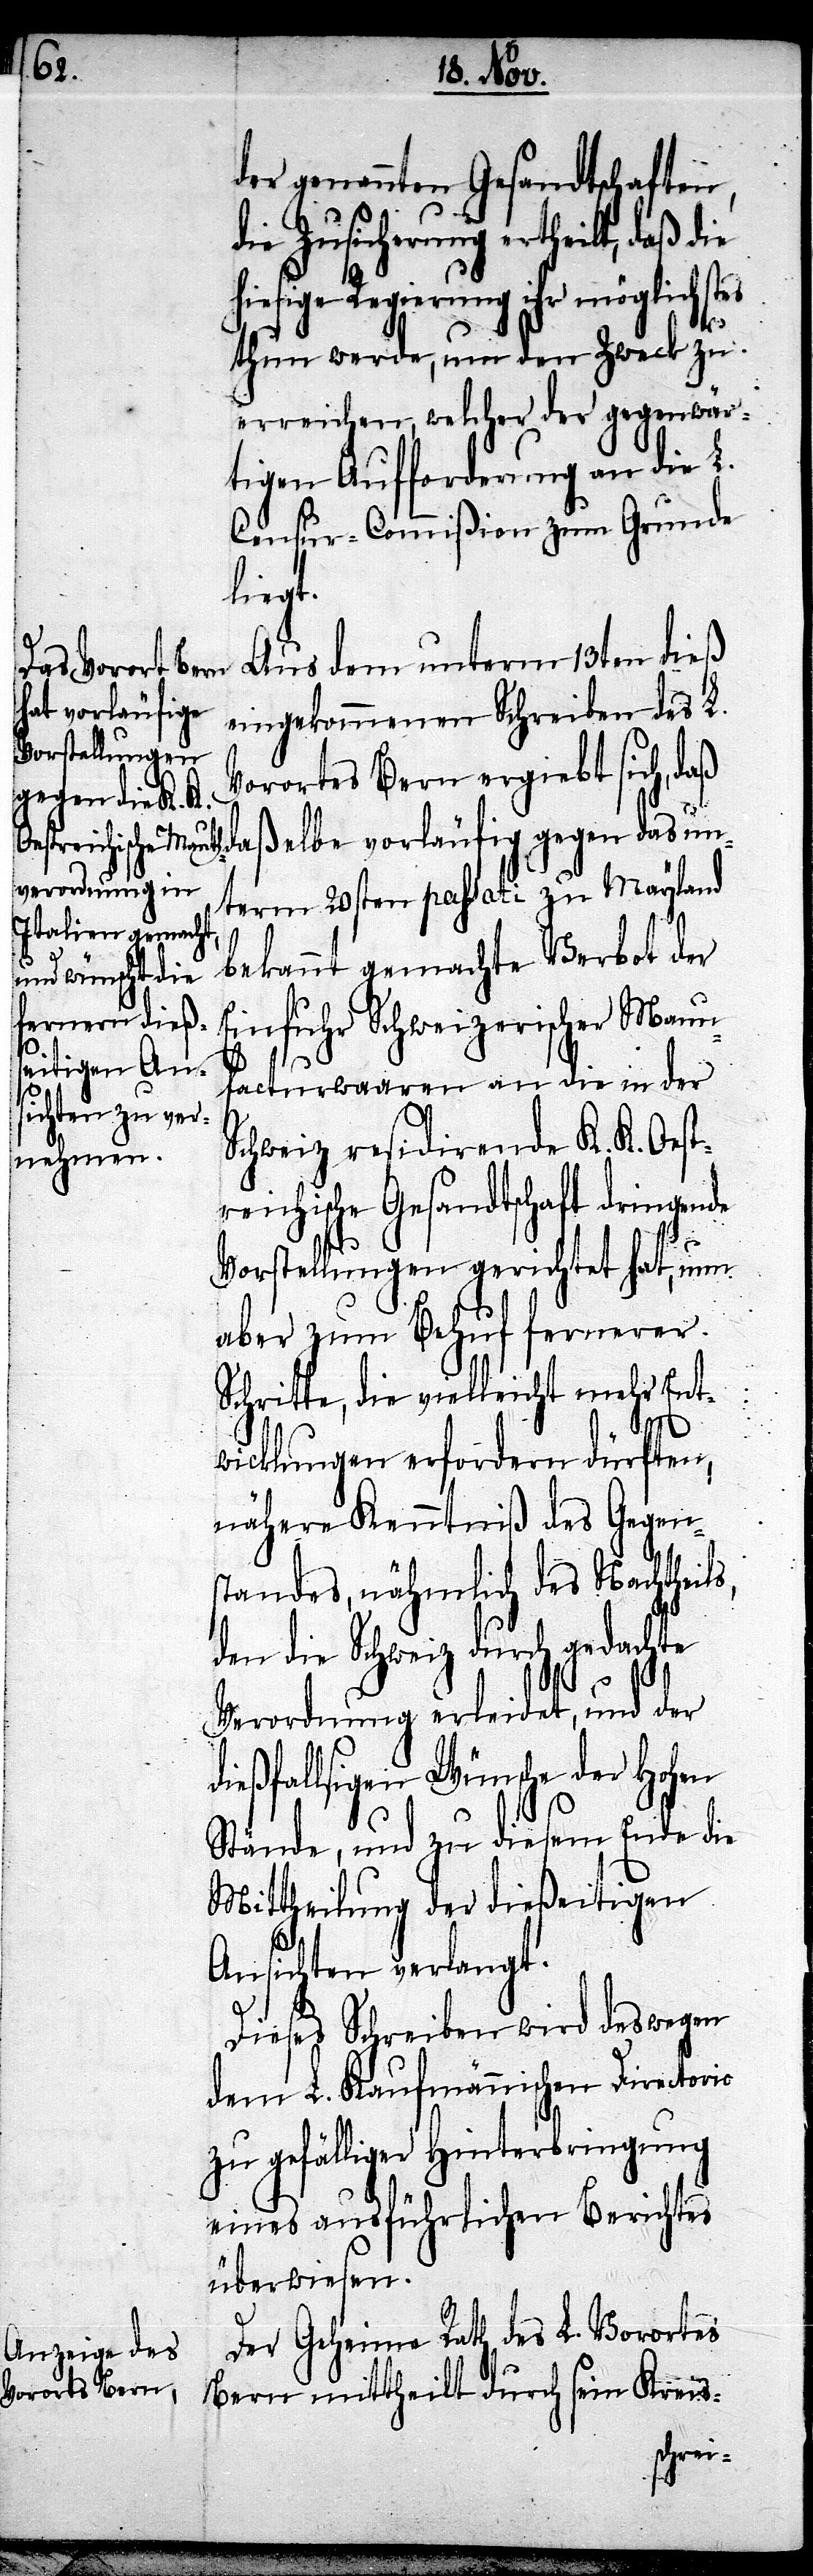
der genannten Gesandtschaften,
die Zusicherung ertheilt, daß die
hiesige Regierung ihr möglichstes
thun werde, um den Zweck zu
erreichen, welcher der gegenwär¬
tigen Aufforderung an die L.
Censur-Commißion zum Grunde
liegt.
Aus dem unterm 13ten dieß
eingekommenen Schreiben des L.
Vorortes Bern ergiebt sich, daß
daßelbe vorläufig gegen das un¬
term 20sten passati zu Mayland
bekannt gemachte Verbot der
Einfuhr Schweizerischer Manu¬
facturwaaren an die in der
Schweiz residirende K. K. Oest¬
reichische Gesandtschaft dringende
Vorstellungen gerichtet hat, nun
aber zum Behuf fernerer
Schritte, die vielleicht mehr Ent¬
wicklungen erfordern dürften,
nähere Kenntniß des Gegen¬
standes, nähmlich des Nachtheils,
den die Schweiz durch gedachte
Verordnung erleidet, und der
dießfallsigen Wünsche der hohen
Stände, und zu diesem Ende die
Mittheilung der dießeitigen
Ansichten verlangt.
Dieses Schreiben wird deswegen
dem L. Kaufmännischen Directorio
zu gefälliger Hinterbringung
eines ausführlichen Berichtes
überwiesen.
Der Geheime Rath des L. Vorortes
Bern mittheilt durch sein Kreis-